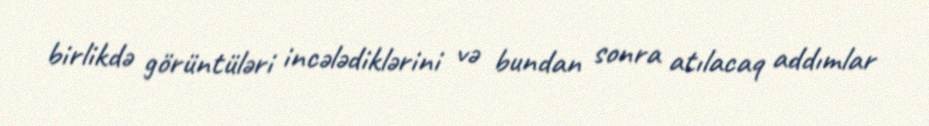
birlikdə görüntüləri incələdiklərini və bundan sonra atılacaq addımlar